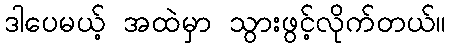
ဒါပေမယ့် အထဲမှာ သွားဖွင့်လိုက်တယ်။